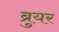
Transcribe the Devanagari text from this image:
ब्रुयर